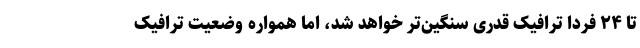
تا ۲۴ فردا ترافیک قدری سنگین‌تر خواهد شد، اما همواره وضعیت ترافیک